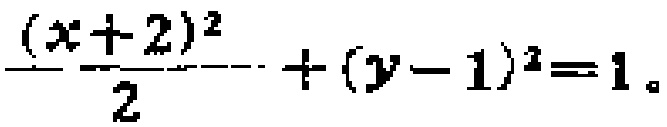
$\frac{(x + 2)^2}{2}+(y - 1)^2 = 1$